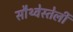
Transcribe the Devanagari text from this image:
सौथ्वेस्तेर्ली